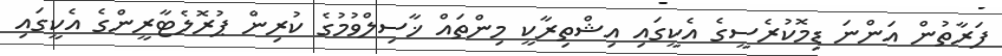
ފަރާތުން އަންނަ ޑިމޮކުރެސީގެ އެކީގައި އިޝްތިރާކީ މިންތައް ޚާސިލްވުމުގެ ކުރިން ޕުރޮލެޓާރީންގެ އެކީގައި